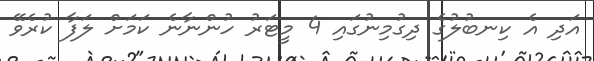
އަދި އެ ކިނބުލުގެ ދިގުމިނުގައި 4 މީޓަރު ހުންނާނެ ކަމަށް ލަފާ ކުރެވޭ